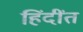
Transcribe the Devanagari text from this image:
हिंदींत